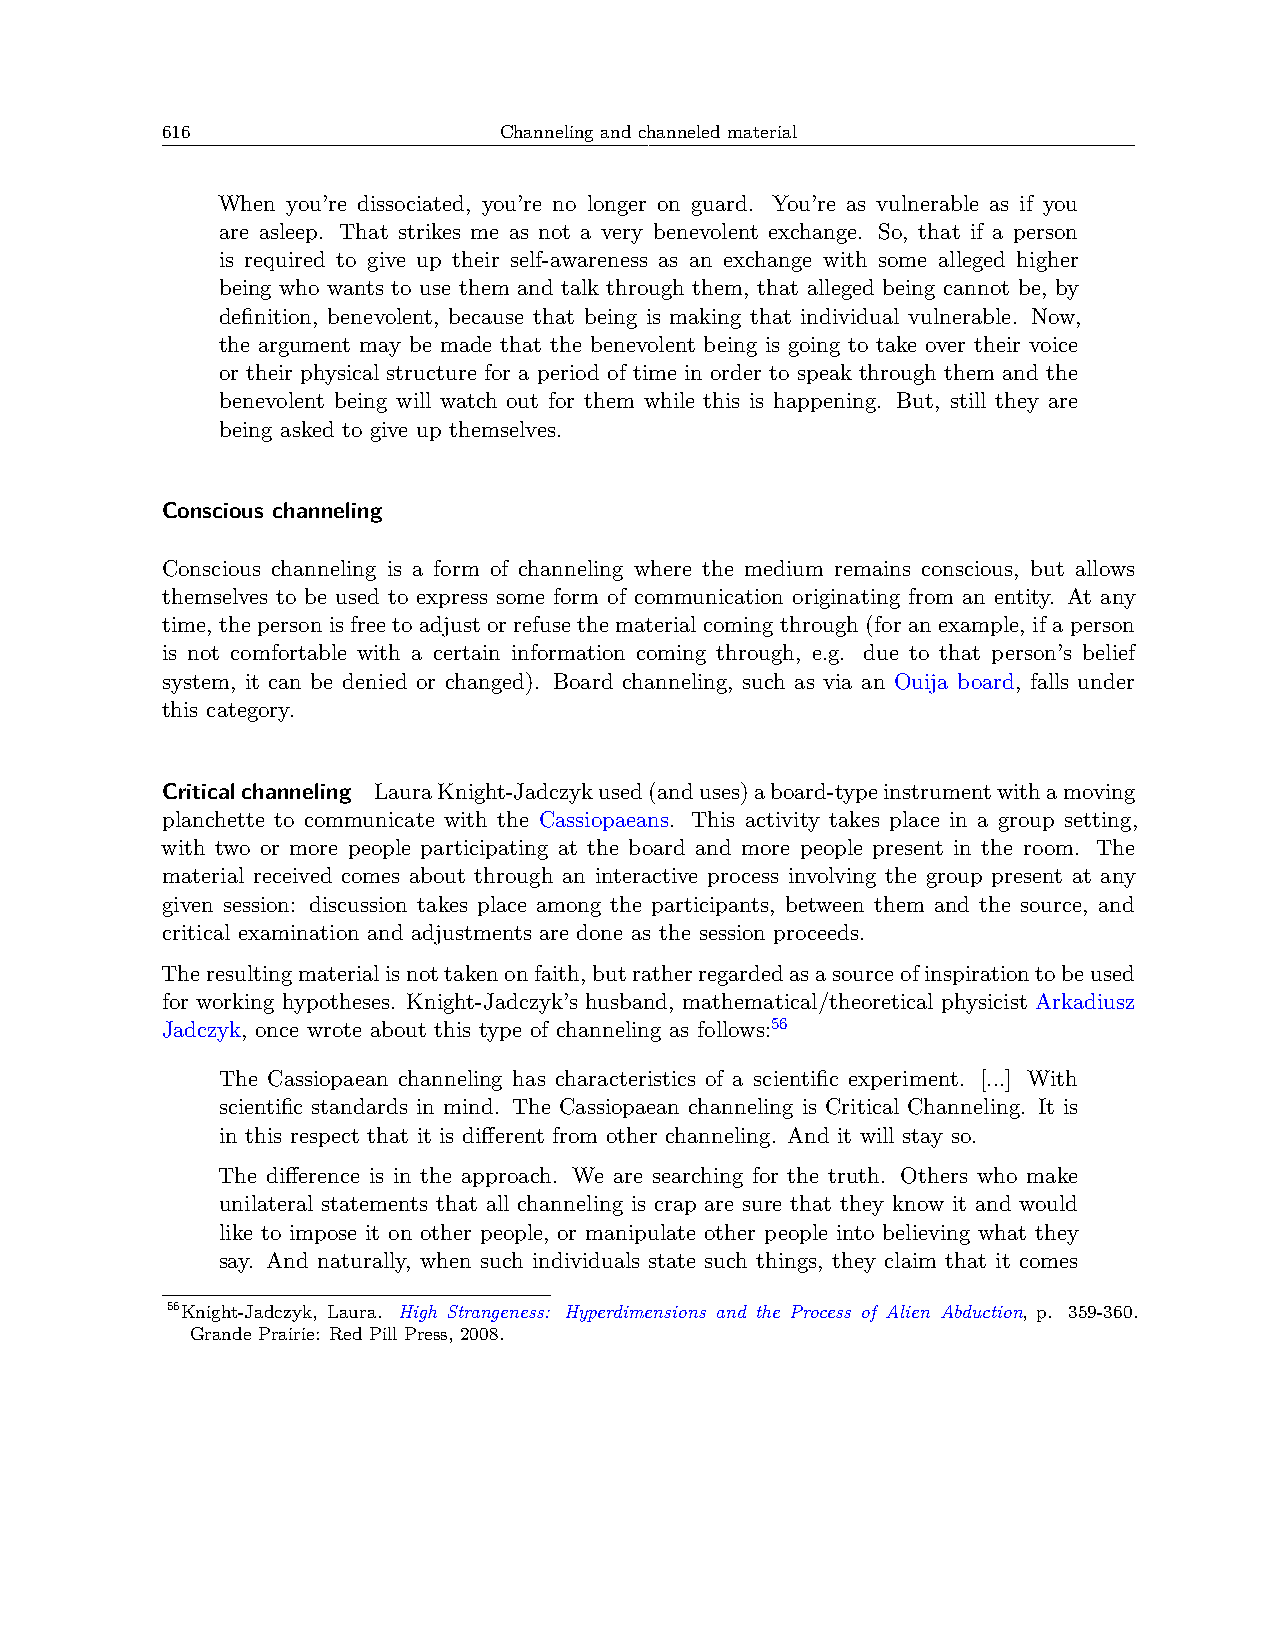
616                   Channeling and channeled material
 When you’re dissociated, you’re no longer on guard. You’re as vulnerable as if you
 are asleep. That strikes me as not a very benevolent exchange. So, that if a person
 is required to give up their self-awareness as an exchange with some alleged higher
 being who wants to use them and talk through them, that alleged being cannot be, by
 definition, benevolent, because that being is making that individual vulnerable. Now,
 the argument may be made that the benevolent being is going to take over their voice
 or their physical structure for a period of time in order to speak through them and the
 benevolent being will watch out for them while this is happening. But, still they are
 being asked to give up themselves.
 Conscious channeling
 Conscious channeling is a form of channeling where the medium remains conscious, but allows
 themselves to be used to express some form of communication originating from an entity. At any
 time, the person is free to adjust or refuse the material coming through (for an example, if a person
 is not comfortable with a certain information coming through, e.g. due to that person’s belief
 system, it can be denied or changed). Board channeling, such as via an Ouija board, falls under
 this category.
 Criticalchanneling LauraKnight-Jadczykused(anduses)aboard-typeinstrumentwithamoving
 planchette to communicate with the Cassiopaeans. This activity takes place in a group setting,
 with two or more people participating at the board and more people present in the room. The
 material received comes about through an interactive process involving the group present at any
 given session: discussion takes place among the participants, between them and the source, and
 critical examination and adjustments are done as the session proceeds.
 Theresultingmaterialisnottakenonfaith,butratherregardedasasourceofinspirationtobeused
 for working hypotheses. Knight-Jadczyk’s husband, mathematical/theoretical physicist Arkadiusz
 Jadczyk, once wrote about this type of channeling as follows:56
 The Cassiopaean channeling has characteristics of a scientific experiment. [...] With
 scientific standards in mind. The Cassiopaean channeling is Critical Channeling. It is
 in this respect that it is different from other channeling. And it will stay so.
 The difference is in the approach. We are searching for the truth. Others who make
 unilateral statements that all channeling is crap are sure that they know it and would
 like to impose it on other people, or manipulate other people into believing what they
 say. And naturally, when such individuals state such things, they claim that it comes
 56Knight-Jadczyk, Laura. High Strangeness: Hyperdimensions and the Process of Alien Abduction, p. 359-360.
 Grande Prairie: Red Pill Press, 2008.